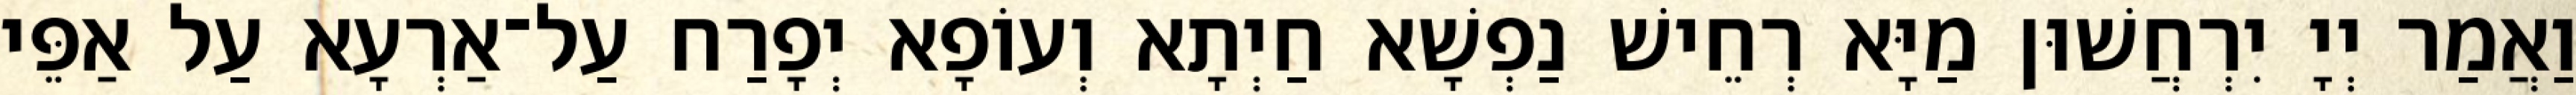
וַאֲמַר יְיָ יִרְחֲשׁוּן מַיָּא רְחֵישׁ נַפְשָׁא חַיְתָא וְעוֹפָא יְפָרַח עַל־אַרְעָא עַל אַפֵּי